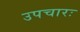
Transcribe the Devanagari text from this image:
उपचारः